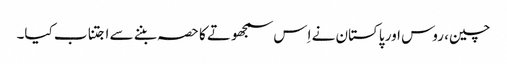
چین، روس اور پاکستان نے اِس سمجھوتے کا حصہ بننے سے اجتناب کیا۔